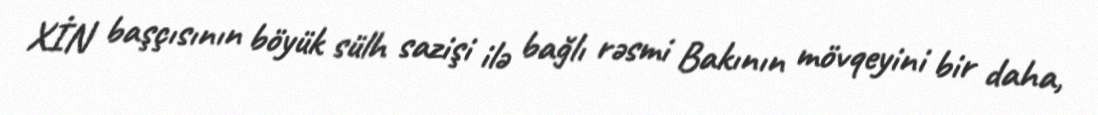
XİN başçısının böyük sülh sazişi ilə bağlı rəsmi Bakının mövqeyini bir daha,